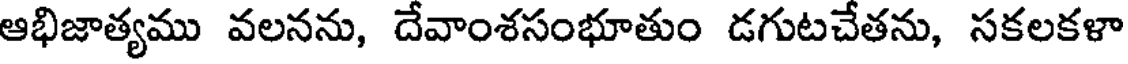
ఆభిజాత్యము వలనను, దేవాంశసంభూతుం డగుటచేతను, సకలకళా